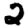
Digit: 2